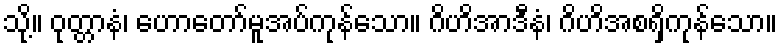
သို့။ ဝုတ္တာနံ၊ ဟောတော်မူအပ်ကုန်သော။ ဂိဟိအာဒီနံ၊ ဂိဟိအစရှိကုန်သော။